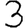
Digit: 3